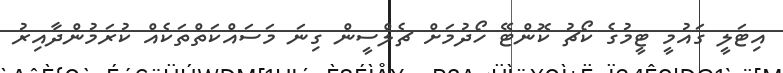
އިޓަލީ ގައުމީ ޓީމުގެ ކޯޗު ކޮންޓޭ ހޯދުމަށް ޗެލްސީން ގިނަ މަސައްކަތްތަކެއް ކުރަމުންދާއިރު